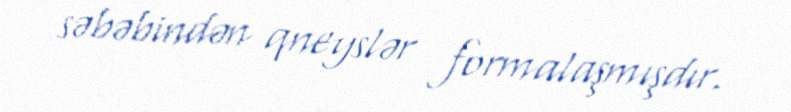
səbəbindən qneyslər formalaşmışdır.